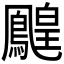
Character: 𪅔